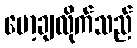
မော့ချလိုက်သည်